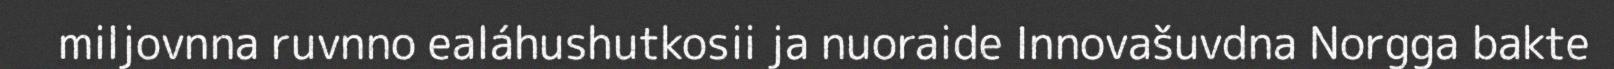
miljovnna ruvnno ealáhushutkosii ja nuoraide Innovašuvdna Norgga bakte